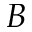
B